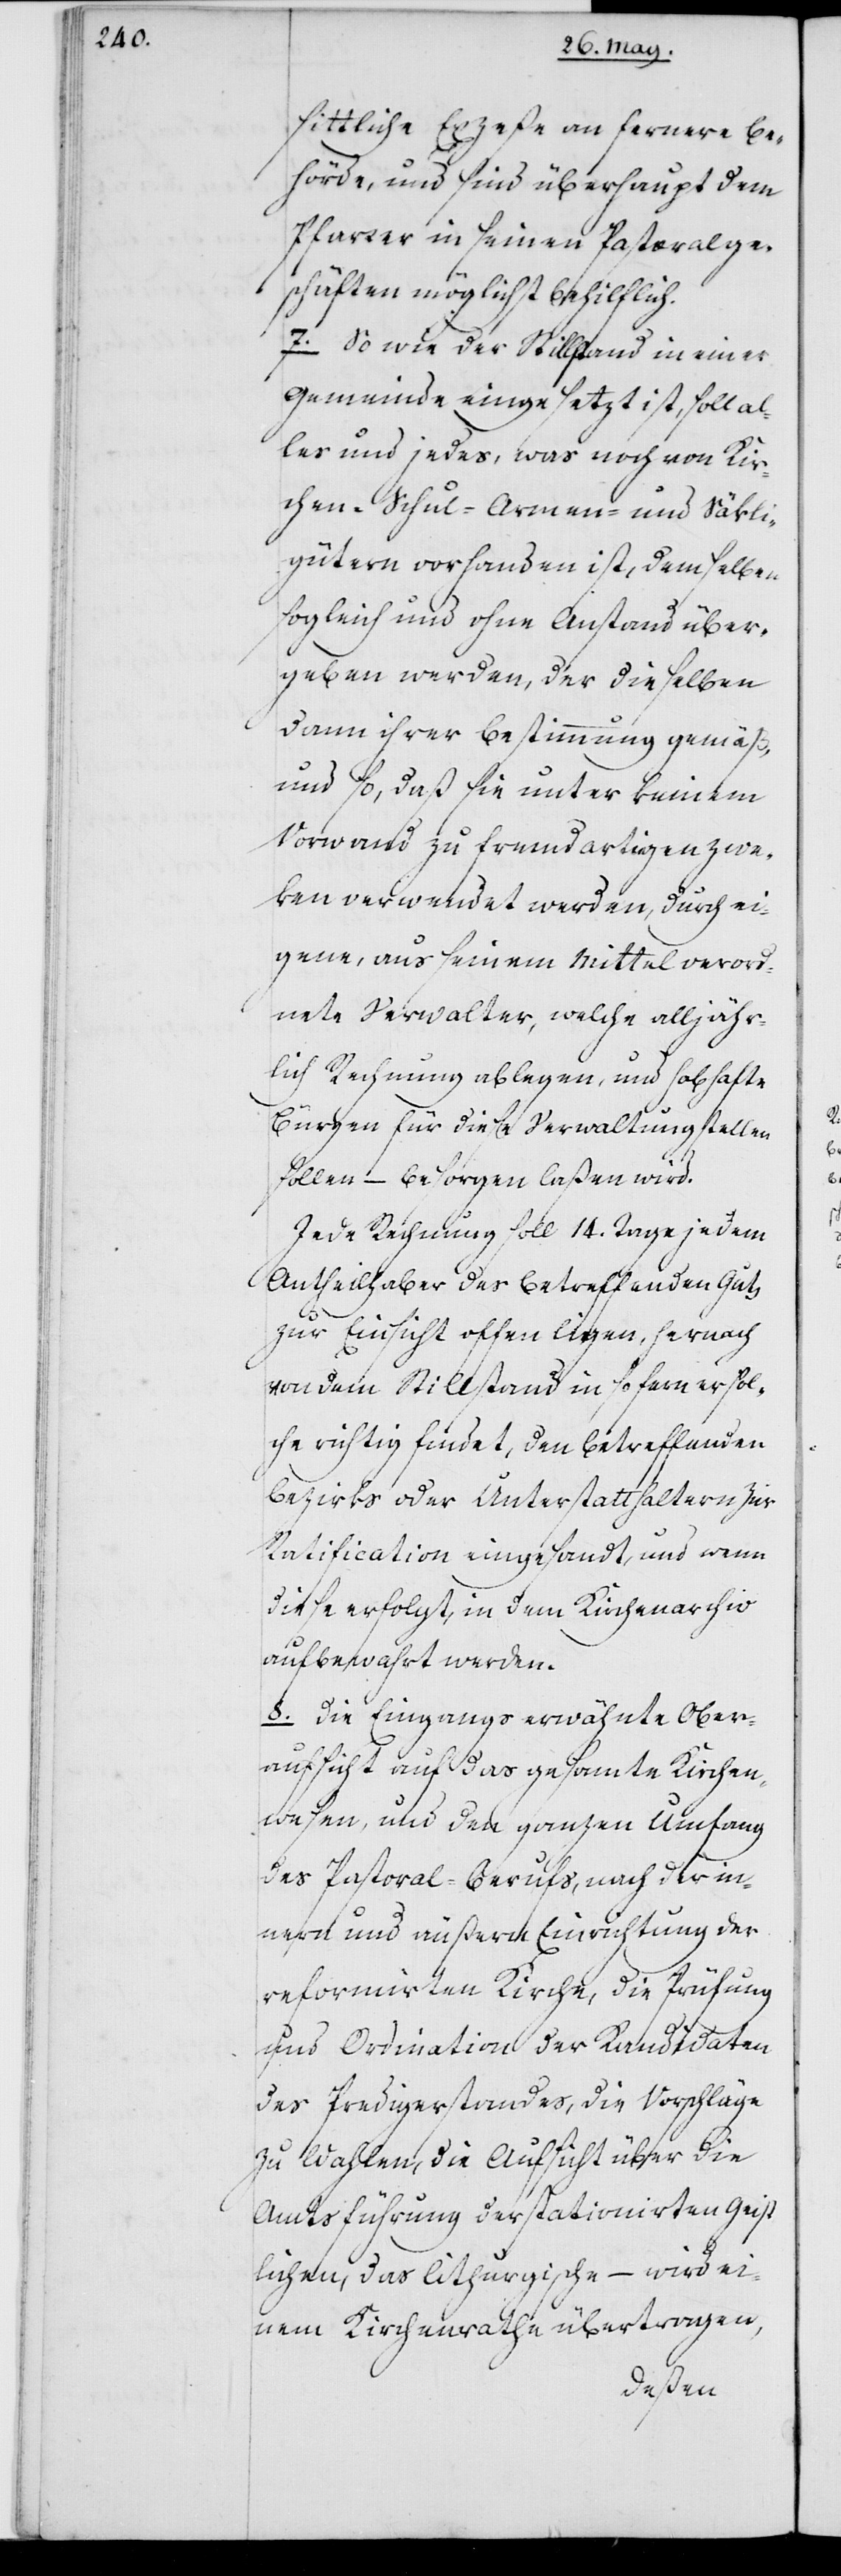
sittliche Exzeße an fernere Be¬
hörde, und sind überhaupt dem
Pfarrer in seinen Pastoralge¬
schäften möglichst behilflich.
7. Sowie der Stillstand in einer
Gemeinde eingesetzt ist, soll Al¬
les und Jedes, was noch von Kir¬
chen- Schul- Armen- und Säckli¬
gütern vorhanden ist, demselben
sogleich und ohne Anstand über¬
geben werden, der dieselben
dann ihrer Bestimmung gemäß,
und so, daß sie unter keinem
Vorwand zu fremdartigen Zwe¬
ken verwendet werden, durch ei¬
gene, aus seinem Mittel verord¬
nete Verwalter, welche alljähr¬
lich Rechnung ablegen, und habhafte
Bürgen für diese Verwaltung stellen
sollen – besorgen laßen wird.
Jede Rechnung soll 14. Tage jedem
Antheilhaber des betreffenden Guts
zur Einsicht offen liegen, hernach
von dem Stillstand insofern er sol¬
che richtig findet, den betreffenden
Bezirks oder Unterstatthaltern zur
Ratification eingesandt, und wenn
diese erfolgt, in dem Kirchenarchiv
aufbewahrt werden.
8. Die Eingangs erwähnte Ober¬
aufsicht auf das gesamte Kirchen¬
wesen, und den ganzen Umfang
des Pastoral-Berufs, nach der in¬
nern und äußern Einrichtung der
reformierten Kirche, die Prüfung
und Ordination der Kandidaten
des Predigerstandes, die Vorschläge
zu Wahlen, die Aufsicht über die
Amtsführung der stationierten Geist¬
lichen, das Liturgische – wird ei¬
nem Kirchenrathe übertragen,